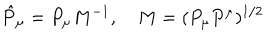
LaTeX: \hat { P } _ { \mu } = P _ { \mu } M ^ { - 1 } , \quad M = ( P _ { \mu } P ^ { \mu } ) ^ { 1 / 2 }